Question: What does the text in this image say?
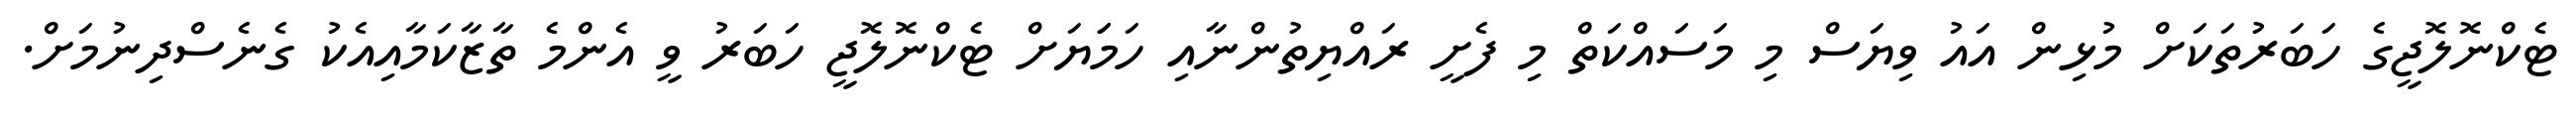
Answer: ޓެކްނޮލޮޖީގެ ހަބަރުތަކަށް މުޅިން އައު ވިޔަސް މި މަސައްކަތް މި ފެށީ ރައްޔިތުންނާއި ހަމަަޔަށް ޓެކްނޮލޮޖީ ހަބަރު ވީ އެންމެ ތާޒާކަމާއިއެކު ގެނެސްދިނުމަށް.